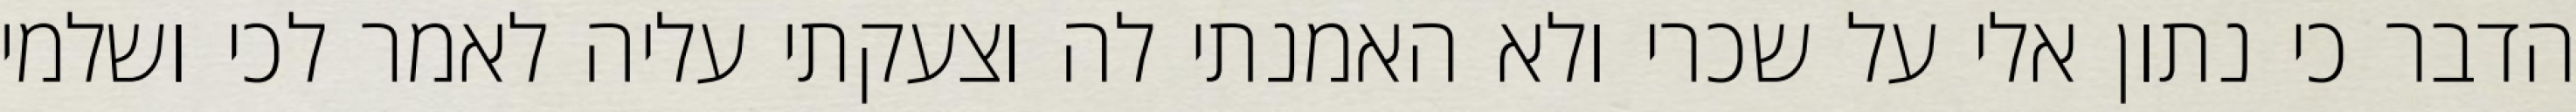
הדבר כי נתון אלי על שכרי ולא האמנתי לה וצעקתי עליה לאמר לכי ושלמי